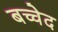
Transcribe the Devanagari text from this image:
बच्चेद